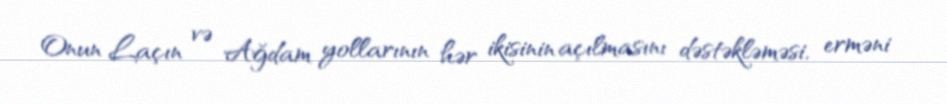
Onun Laçın və Ağdam yollarının hər ikisinin açılmasını dəstəkləməsi, erməni